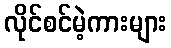
လိုင်စင်မဲ့ကားများ